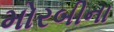
મોરબીના